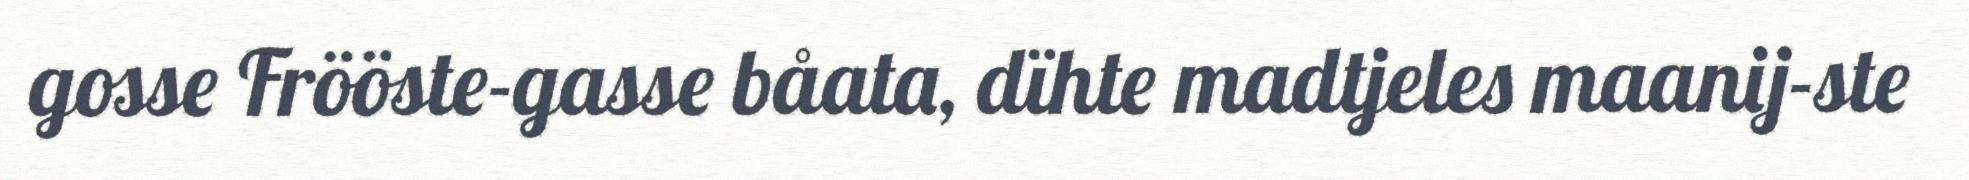
gosse Frööste-gasse båata, dïhte madtjeles maanij-ste